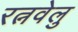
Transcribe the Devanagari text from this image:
रत्नवेलु